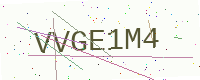
Text: VVGE1M4